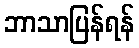
ဘာသာပြန်ရန်